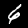
Digit: 6